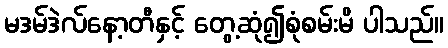
မဒမ်ဒဲလ်နော့တီနှင့် တွေ့ဆုံ၍စုံစမ်းမိ ပါသည်။